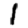
Digit: 1